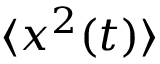
\langle x ^ { 2 } ( t ) \rangle